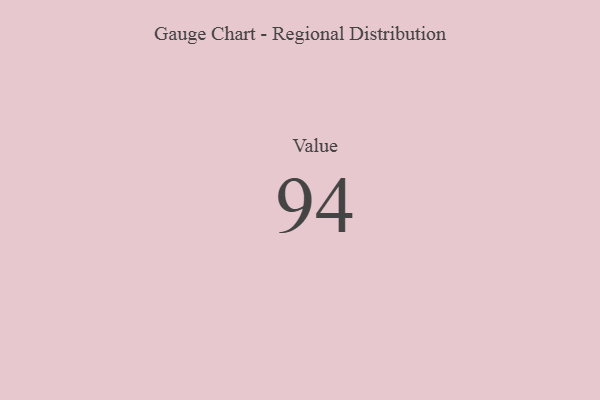
{"axis": {"x": "Metric", "y": "Value"}, "legend": [""], "data": [{"x": "Value", "y": 94, "type": ""}]}